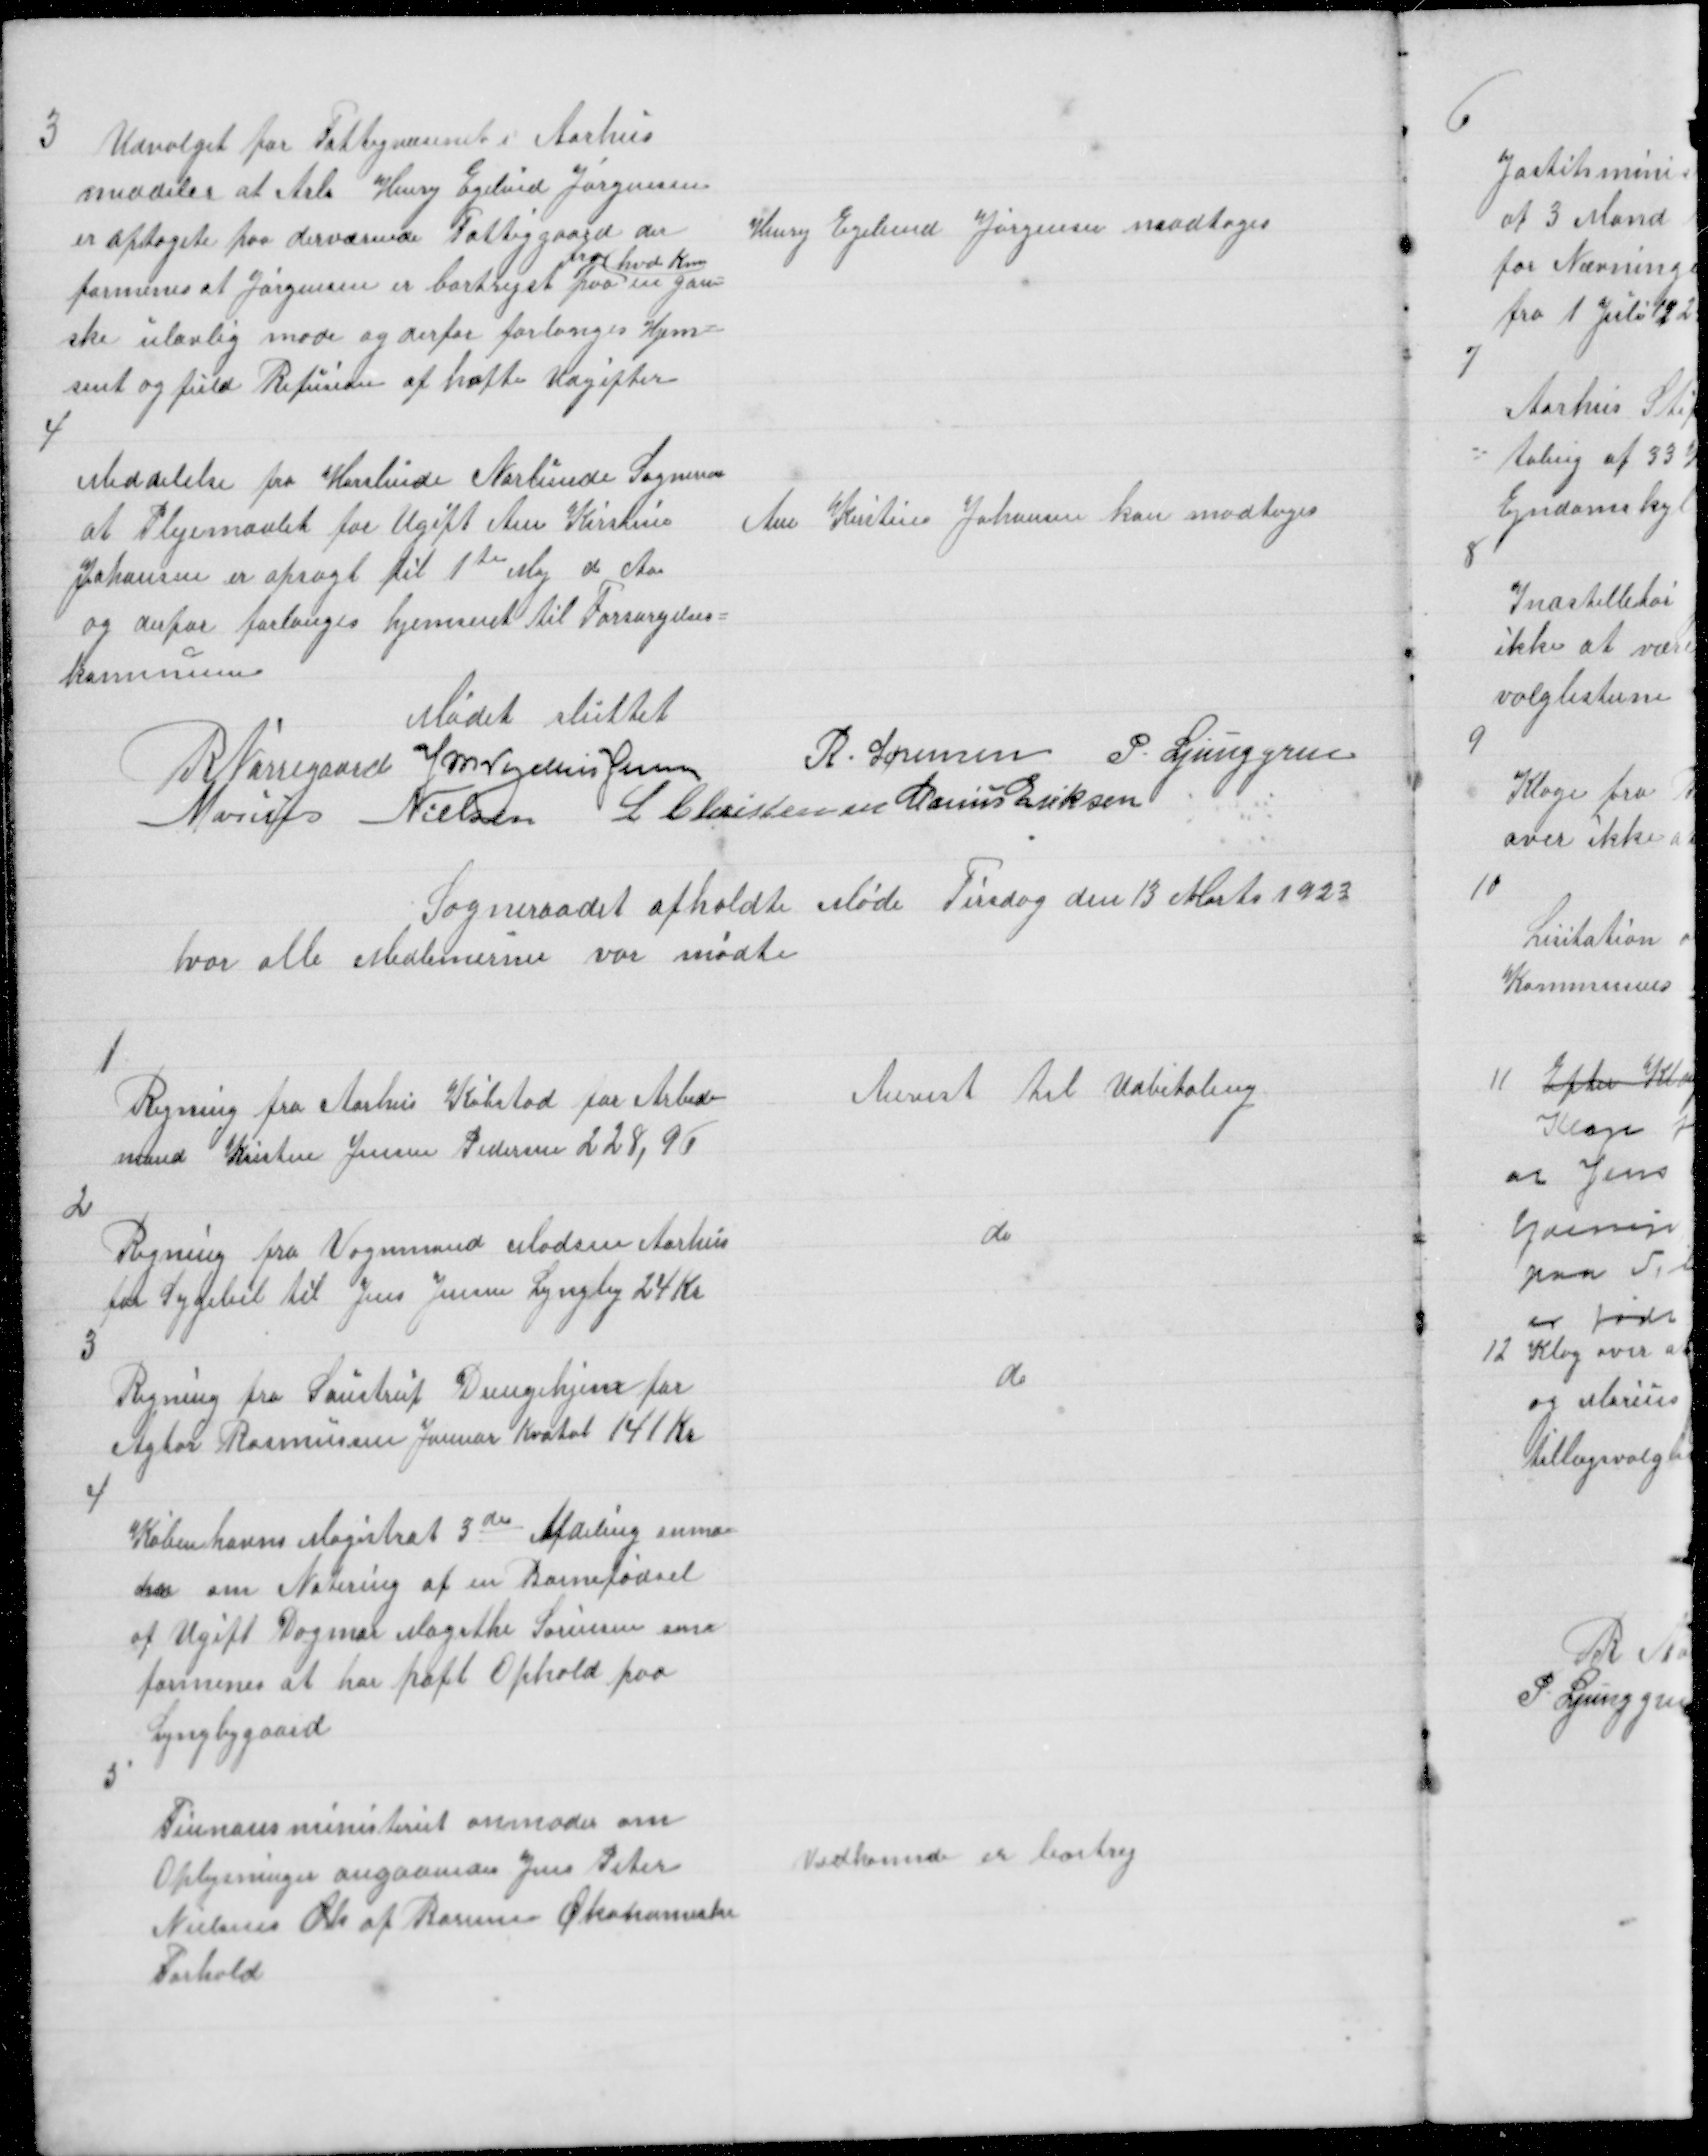
Transskription:
3
Udvalget for Fattigvæsenet i Aarhus
meddeler at Arb Henry Egelind Jørgensen
er optagete paa derværende Fattiggaard der
formenes at Jørgensen er bortrejst paa 
hos hvd Kom
en gan=
ske ulovlig mode og derfor forlanges Hjem =
sent og fuld Refusion af hafte Udgifter

Henry Egelund Jørgensen modtoges

4
Meddelelse fra Horslunde Nordlunde Sogneraa
at Plejemaalet for Ugift Ane Kirstine
Johansen er opsagt til 1te Maj d Aar
og derfor forlanges hjemsent til Forsørgelses =
kommunen

Ane Kirstine Johansen kan modtages

Mødet sluttet
R Nørregaard J M Vogelius Jensen
R. Sørensen P. Ljunggren
Marius Nielsen L Christensen Marius Eriksen

Sogneraadet afholdte Møde Tirsdag den 13 Marts 1923
hvor alle Medlemernee var mødte

1

Regning fra Aarhus Købstad for Arbeds
mand Kristen Jensen Pedersen 228,96

Anvist til Udbetaling

2

Regning fra Vognmand Madsen Aarhus
for Sygebil til Jens Jensen Lyngby 24 Kr

do

3

Regning fra Saustrup Drengehjem for
Agtor Rasmussen Januar Kvatal 141 Kr

do

4

Københavns Magistrat 3de Afdeling anmo=
der om Notering af en Barnefødsel
af Ugift Dagmar Magrthe Sørensen som
formenes at har haft Ophold paa
Lyngbygaard

5

Finnansministeriet anmoder om
Oplysninger angaaendes Jens Peter
Nielsens Ols af Borum Økonomiske
Forhold

Vedkomde er bortrej